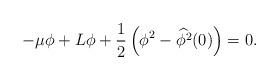
LaTeX: \begin{align*}-\mu \phi + L\phi + \frac{1}{2}\left( \phi^{2}-\widehat{\phi^2}(0)\right)=0.\end{align*}